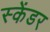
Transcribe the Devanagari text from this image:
स्केंडर